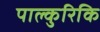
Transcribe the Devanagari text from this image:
पाल्कुरिकि